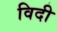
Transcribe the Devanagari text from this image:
विदी